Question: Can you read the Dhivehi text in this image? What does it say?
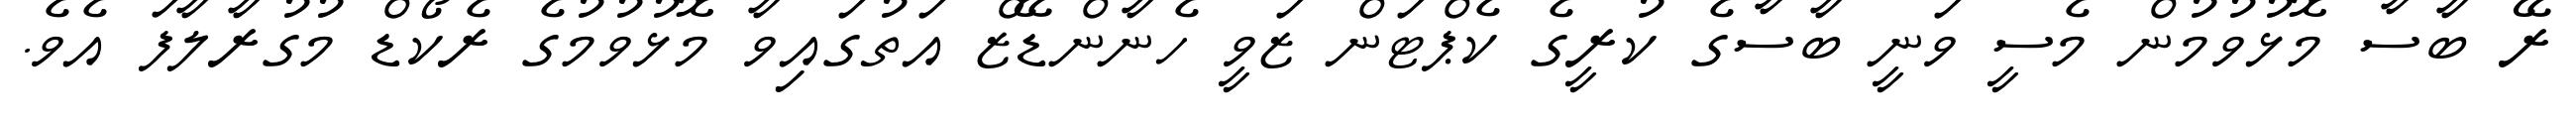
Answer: ރޭ ބާސާ މޮޅުވުމުން މެސީ ވަނީ ބާސާގެ ކުރީގެ ކެޕްޓަން ޒަވީ ހެނާންޑޭޒް އަތުގައިވާ މޮޅުވުމުގެ ރެކޯޑް މުގުރާލާފަ އެވެ.